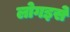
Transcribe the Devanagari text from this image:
लोगइसे